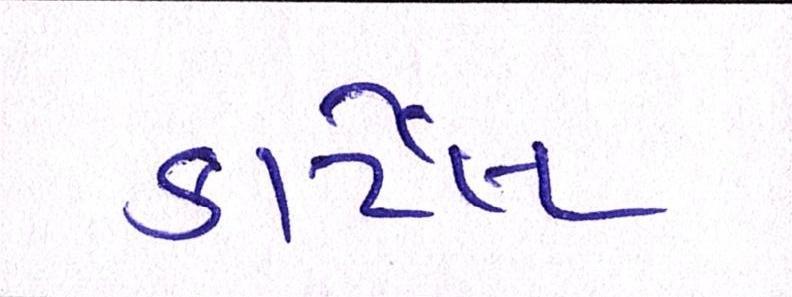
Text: કાર્ટેલ